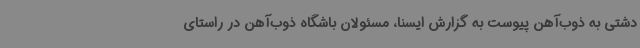
دشتی به ذوب‌آهن پیوست به گزارش ایسنا، مسئولان باشگاه ذوب‌آهن در راستای